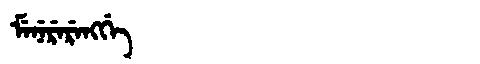
Manchu: ᠮᡝᠨᡝᡵᡝᡵᡝᠩᡤᡝ
Romanization: MENERERENGGE